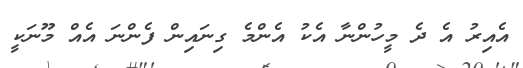
އެއިރު އެ ދެ މީހުންނާ އެކު އެންމެ ގިނައިން ފެންނަ އެއް މޫނަކީ